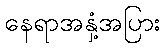
နေရာအနှံ့အပြား